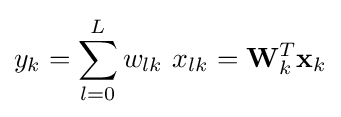
y_{k}=\sum _{l=0}^{L}w_{lk}\ x_{lk}=\mathbf {W} _{k}^{T}\mathbf {x} _{k}